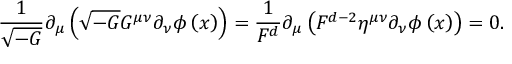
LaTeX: \frac 1 { \sqrt { - G } } \partial _ { \mu } \left( \sqrt { - G } G ^ { \mu \nu } \partial _ { \nu } \phi \left( x \right) \right) = \frac 1 { F ^ { d } } \partial _ { \mu } \left( F ^ { d - 2 } \eta ^ { \mu \nu } \partial _ { \nu } \phi \left( x \right) \right) = 0 .